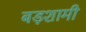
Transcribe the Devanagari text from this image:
बड़शामी